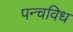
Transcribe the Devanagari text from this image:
पन्चविध